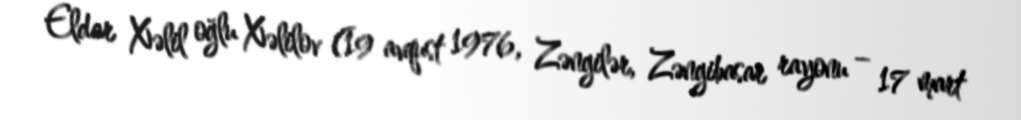
Eldar Xəlil oğlu Xəlilov (19 avqust 1976, Zəngilər, Zəngibasar rayonu – 17 mart